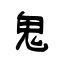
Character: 鬼